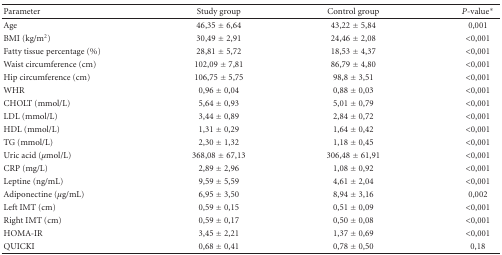
<table><thead><tr><td><b>Parameter</b></td><td><b>Study group</b></td><td><b>Control group</b></td><td><b><i>P</i>-value*</b></td></tr></thead><tbody><tr><td>Age</td><td>46,35 ± 6,64</td><td>43,22 ± 5,84</td><td>0,001</td></tr><tr><td>BMI (kg/m<sup>2</sup>)</td><td>30,49 ± 2,91</td><td>24,46 ± 2,08</td><td>&lt;0,001</td></tr><tr><td>Fatty tissue percentage (%)</td><td>28,81 ± 5,72</td><td>18,53 ± 4,37</td><td>&lt;0,001</td></tr><tr><td>Waist circumference (cm)</td><td>102,09 ± 7,81</td><td>86,79 ± 4,80</td><td>&lt;0,001</td></tr><tr><td>Hip circumference (cm)</td><td>106,75 ± 5,75</td><td>98,8 ± 3,51</td><td>&lt;0,001</td></tr><tr><td>WHR</td><td>0,96 ± 0,04</td><td>0,88 ± 0,03</td><td>&lt;0,001</td></tr><tr><td>CHOLT (mmol/L)</td><td>5,64 ± 0,93</td><td>5,01 ± 0,79</td><td>&lt;0,001</td></tr><tr><td>LDL (mmol/L)</td><td>3,44 ± 0,89</td><td>2,84 ± 0,72</td><td>&lt;0,001</td></tr><tr><td>HDL (mmol/L)</td><td>1,31 ± 0,29</td><td>1,64 ± 0,42</td><td>&lt;0,001</td></tr><tr><td>TG (mmol/L)</td><td>2,30 ± 1,32</td><td>1,18 ± 0,45</td><td>&lt;0,001</td></tr><tr><td>Uric acid (<i>μ</i>mol/L)</td><td>368,08 ± 67,13</td><td>306,48 ± 61,91</td><td>&lt;0,001</td></tr><tr><td>CRP (mg/L)</td><td>2,89 ± 2,96</td><td>1,08 ± 0,92</td><td>&lt;0,001</td></tr><tr><td>Leptine (ng/mL)</td><td>9,59 ± 5,59</td><td>4,61 ± 2,04</td><td>&lt;0,001</td></tr><tr><td>Adiponectine (<i>μ</i>g/mL)</td><td>6,95 ± 3,50</td><td>8,94 ± 3,16</td><td>0,002</td></tr><tr><td>Left IMT (cm)</td><td>0,59 ± 0,15</td><td>0,51 ± 0,09</td><td>&lt;0,001</td></tr><tr><td>Right IMT (cm)</td><td>0,59 ± 0,17</td><td>0,50 ± 0,08</td><td>&lt;0,001</td></tr><tr><td>HOMA-IR</td><td>3,45 ± 2,21</td><td>1,37 ± 0,69</td><td>&lt;0,001</td></tr><tr><td>QUICKI</td><td>0,68 ± 0,41</td><td>0,78 ± 0,50</td><td>0,18</td></tr></tbody></table>